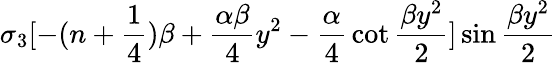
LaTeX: \sigma_{3}[-(n+{\frac{1}{4}})\beta+{\frac{\alpha\beta}{4}}y^{2}-{\frac{\alpha}{4}}\cot{\frac{\beta y^{2}}{2}}]\sin{\frac{\beta y^{2}}{2}}